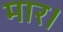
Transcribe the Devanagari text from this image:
मार।